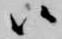
候